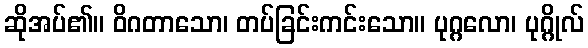
ဆိုအပ်၏။ ဝိဂတာသော၊ တပ်ခြင်းကင်းသော။ ပုဂ္ဂလော၊ ပုဂ္ဂိုလ်